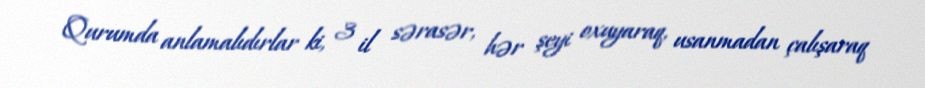
Qurumda anlamalıdırlar ki, 3 il sərasər, hər şeyi oxuyaraq, usanmadan çalışaraq